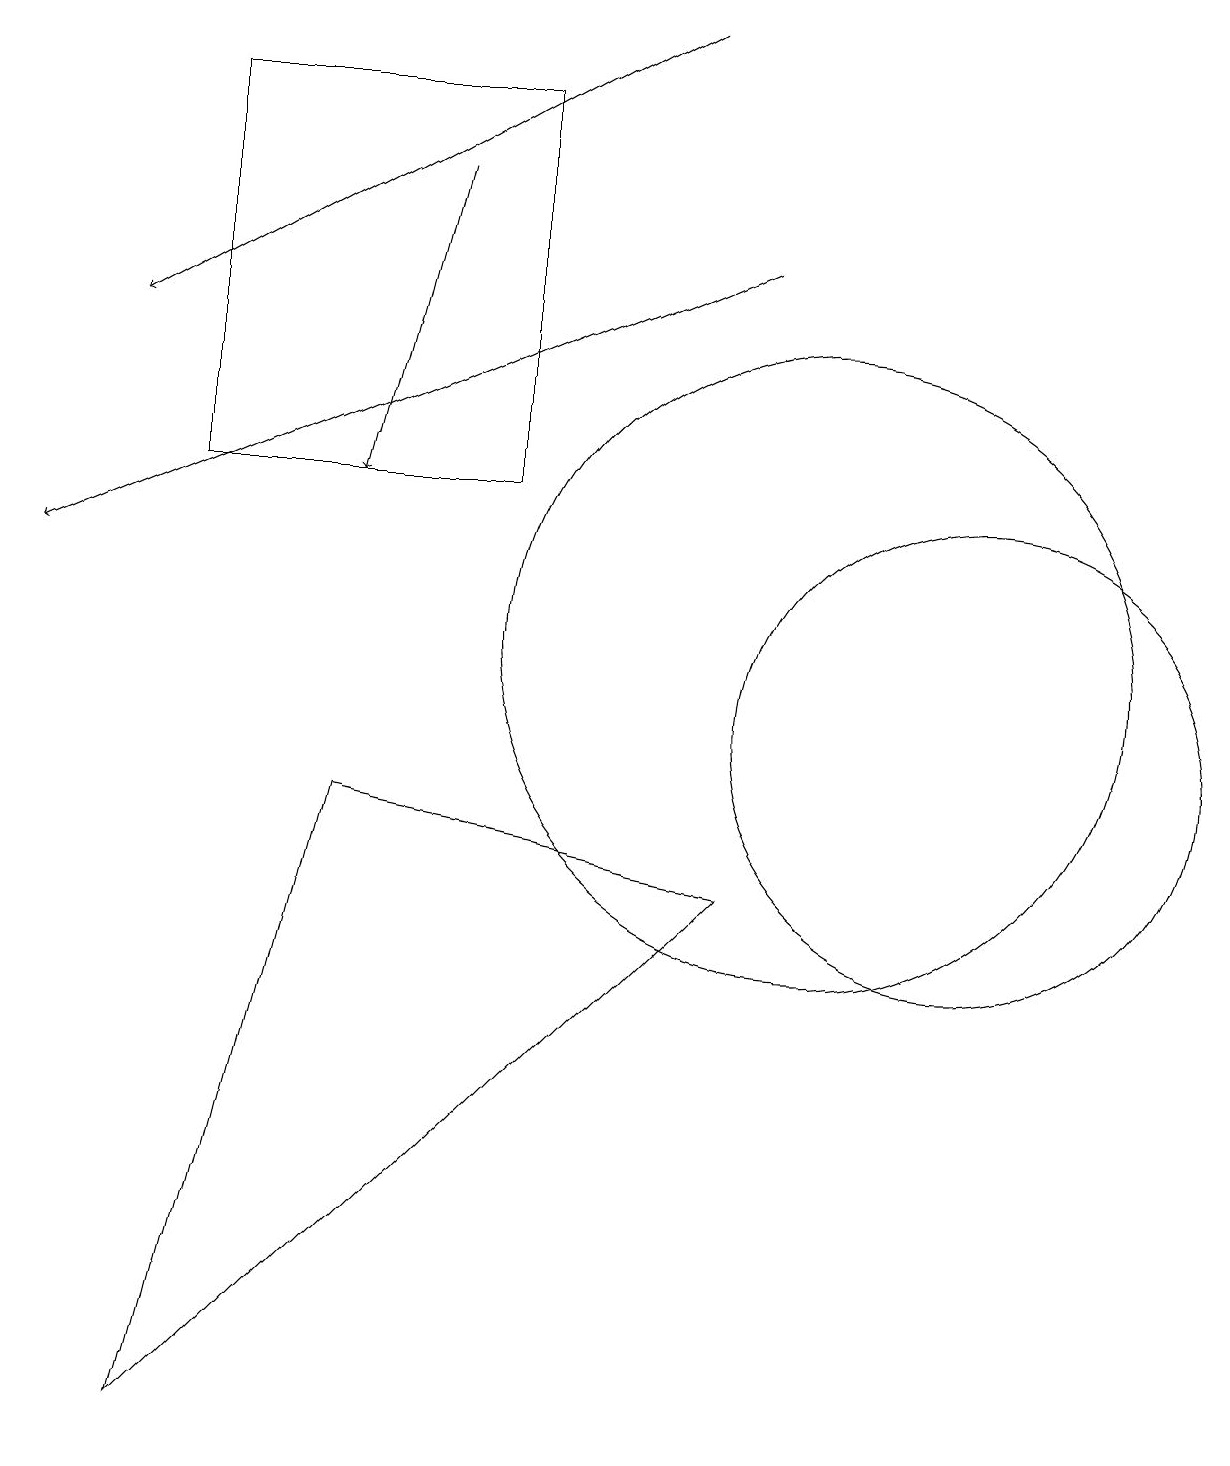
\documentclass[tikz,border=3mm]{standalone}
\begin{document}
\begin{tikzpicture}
\draw[->] (9,16) -- (0,12);
\draw (4,9) -- (2,1) -- (9,8) -- cycle;
\draw[->] (5,17) -- (4,13);
\draw (12,10) circle (3);
\draw[->] (8,19) -- (1,15);
\draw (6,18) rectangle (2,13);
\draw (10,11) circle (4);
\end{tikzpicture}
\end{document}